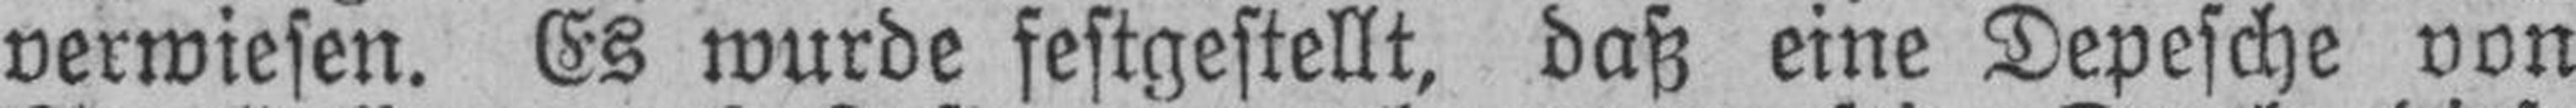
verwiesen. Es wurde festgestellt, daß eine Depesche von